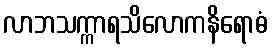
လာဘသက္ကာရသိလောကနိရောဓံ